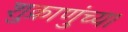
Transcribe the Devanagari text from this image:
शुक्राणुंच्या